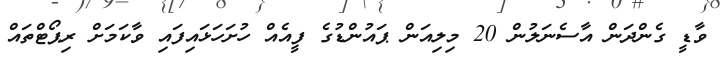
ވާޑީ ގެންދަން އާސެނަލުން 20 މިލިއަން ޕައުންޑުގެ ފީއެއް ހުށަހަޅައިފައި ވާކަމަށް ރިޕޯޓްތައް